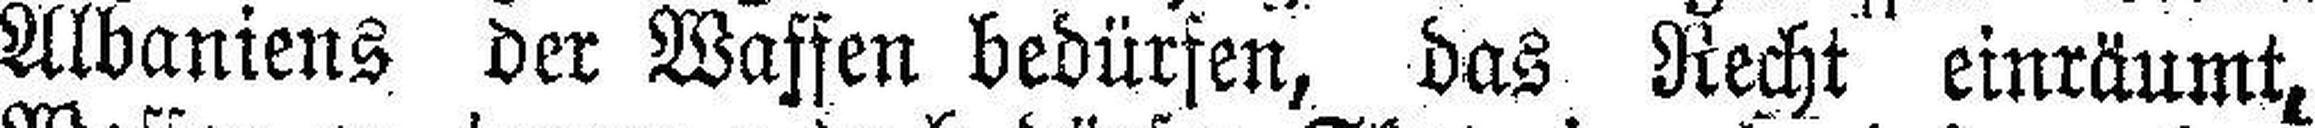
Albaniens der Waffen bedürfen, das Recht einräumt,